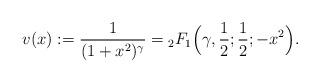
LaTeX: \begin{align*}v(x):=\frac{1}{(1+x^2)^{\gamma}}={}_{2}F_{1}\Big(\gamma,\frac{1}{2};\frac{1}{2};-x^{2}\Big).\end{align*}